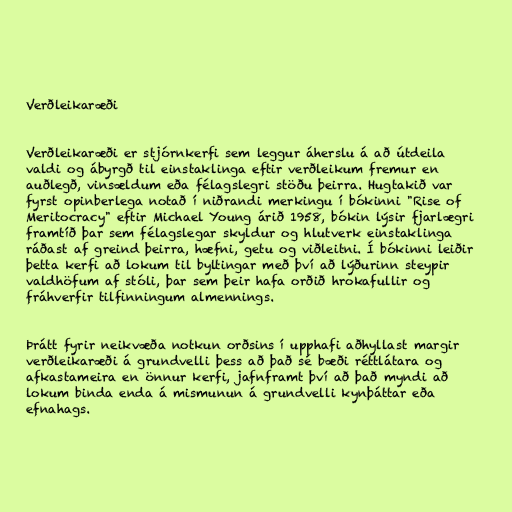
Verðleikaræði

Verðleikaræði er stjórnkerfi sem leggur áherslu á að útdeila
valdi og ábyrgð til einstaklinga eftir verðleikum fremur en
auðlegð, vinsældum eða félagslegri stöðu þeirra. Hugtakið var
fyrst opinberlega notað í niðrandi merkingu í bókinni "Rise of
Meritocracy" eftir Michael Young árið 1958, bókin lýsir fjarlægri
framtíð þar sem félagslegar skyldur og hlutverk einstaklinga
ráðast af greind þeirra, hæfni, getu og viðleitni. Í bókinni leiðir
þetta kerfi að lokum til byltingar með því að lýðurinn steypir
valdhöfum af stóli, þar sem þeir hafa orðið hrokafullir og
fráhverfir tilfinningum almennings.

Þrátt fyrir neikvæða notkun orðsins í upphafi aðhyllast margir
verðleikaræði á grundvelli þess að það sé bæði réttlátara og
afkastameira en önnur kerfi, jafnframt því að það myndi að
lokum binda enda á mismunun á grundvelli kynþáttar eða
efnahags.